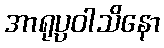
အာရုပ္ပဝါသိနော